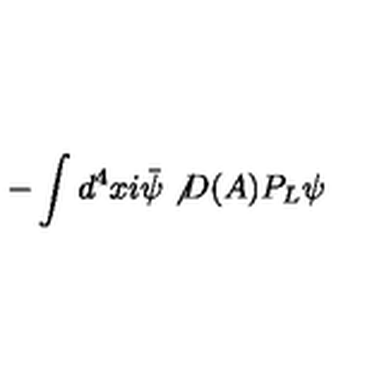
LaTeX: - \int d ^ { 4 } x i \bar { \psi } \not { D ( A ) } P _ { L } \psi